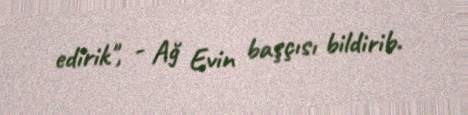
edirik", - Ağ Evin başçısı bildirib.